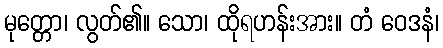
မုတ္တော၊ လွတ်၏။ သော၊ ထိုရဟန်းအား။ တံ ဝေဒနံ၊